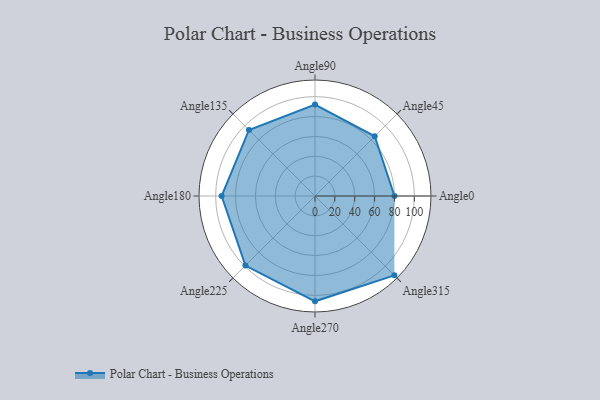
{"axis": {"x": "Angle", "y": "Radius"}, "legend": [""], "data": [{"x": "Angle0", "y": 80.0, "type": ""}, {"x": "Angle45", "y": 85.0, "type": ""}, {"x": "Angle90", "y": 92.0, "type": ""}, {"x": "Angle135", "y": 94.0, "type": ""}, {"x": "Angle180", "y": 94.0, "type": ""}, {"x": "Angle225", "y": 99.0, "type": ""}, {"x": "Angle270", "y": 106.0, "type": ""}, {"x": "Angle315", "y": 113.0, "type": ""}]}